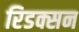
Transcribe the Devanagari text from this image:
रिडक्सन